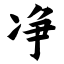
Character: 净